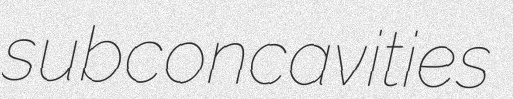
subconcavities